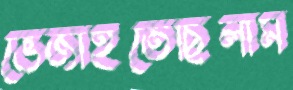
ভেজাইতেছিলাম